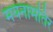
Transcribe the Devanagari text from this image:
मयनामतिर